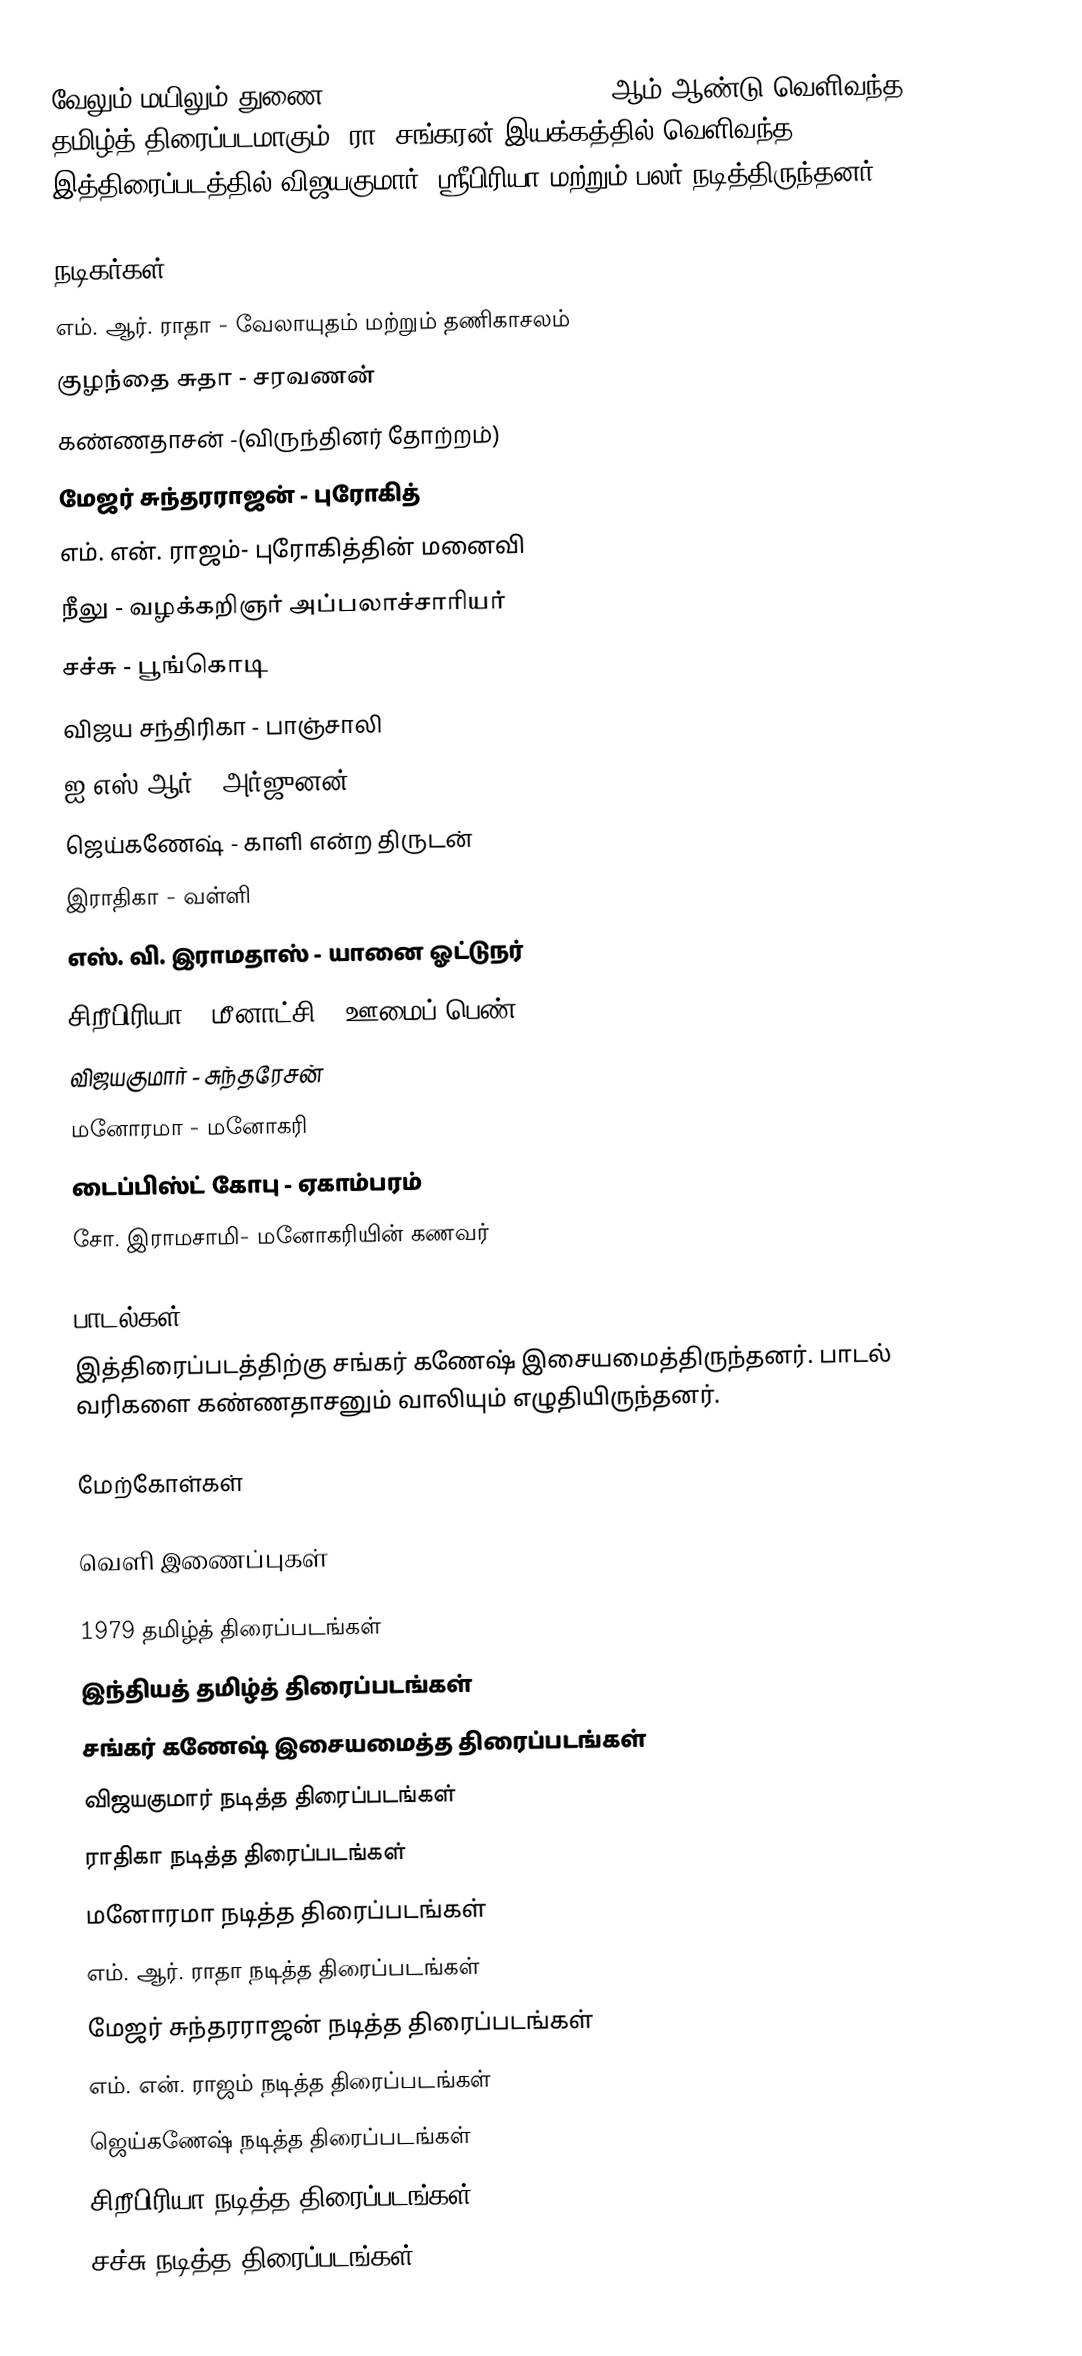
வேலும் மயிலும் துணை (Velum Mayilum Thunai) 1979 ஆம் ஆண்டு வெளிவந்த தமிழ்த் திரைப்படமாகும். ரா. சங்கரன் இயக்கத்தில் வெளிவந்த இத்திரைப்படத்தில் விஜயகுமார், ஸ்ரீபிரியா மற்றும் பலர் நடித்திருந்தனர்.

நடிகர்கள்
 எம். ஆர். ராதா - வேலாயுதம் மற்றும் தணிகாசலம் 
 குழந்தை சுதா - சரவணன்
 கண்ணதாசன்  -(விருந்தினர் தோற்றம்)
 மேஜர் சுந்தரராஜன் - புரோகித்
 எம். என். ராஜம்- புரோகித்தின் மனைவி
 நீலு  - வழக்கறிஞர் அப்பலாச்சாரியர் 
 சச்சு - பூங்கொடி
 விஜய சந்திரிகா - பாஞ்சாலி
 ஐ.எஸ்.ஆர் - அர்ஜுனன்
 ஜெய்கணேஷ் - காளி என்ற திருடன் 
 இராதிகா - வள்ளி
 எஸ். வி. இராமதாஸ் - யானை ஓட்டுநர்
 சிறீபிரியா - மீனாட்சி, (ஊமைப் பெண்)
 விஜயகுமார் - சுந்தரேசன்
 மனோரமா - மனோகரி
 டைப்பிஸ்ட் கோபு - ஏகாம்பரம்  
  சோ. இராமசாமி- மனோகரியின் கணவர்

பாடல்கள்
இத்திரைப்படத்திற்கு சங்கர் கணேஷ் இசையமைத்திருந்தனர். பாடல் வரிகளை கண்ணதாசனும் வாலியும் எழுதியிருந்தனர்.

மேற்கோள்கள்

வெளி இணைப்புகள்

1979 தமிழ்த் திரைப்படங்கள்
இந்தியத் தமிழ்த் திரைப்படங்கள்
சங்கர் கணேஷ் இசையமைத்த திரைப்படங்கள்
விஜயகுமார் நடித்த திரைப்படங்கள்
ராதிகா நடித்த திரைப்படங்கள்
மனோரமா நடித்த திரைப்படங்கள்
எம். ஆர். ராதா நடித்த திரைப்படங்கள்
மேஜர் சுந்தரராஜன் நடித்த திரைப்படங்கள்
எம். என். ராஜம் நடித்த திரைப்படங்கள்
ஜெய்கணேஷ் நடித்த திரைப்படங்கள்
சிறீபிரியா நடித்த திரைப்படங்கள்
சச்சு நடித்த திரைப்படங்கள்